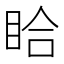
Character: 䀫